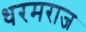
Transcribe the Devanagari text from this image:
धरमराज